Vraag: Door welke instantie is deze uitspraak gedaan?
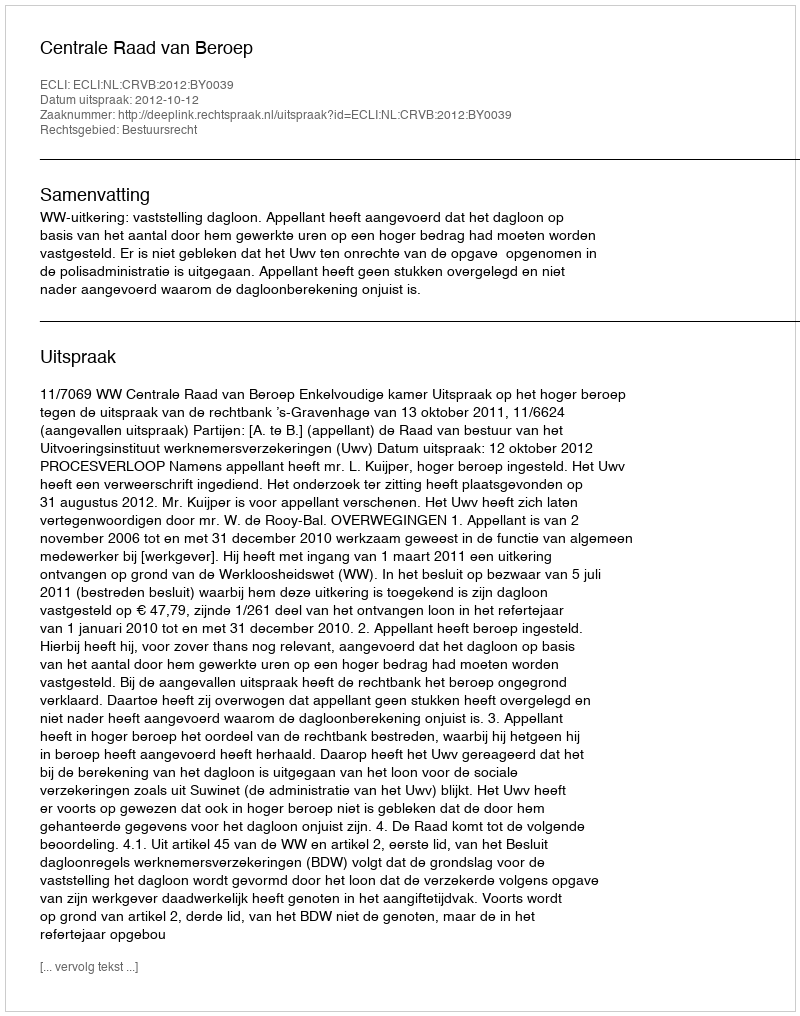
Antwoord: Centrale Raad van Beroep